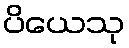
ပိယေသု